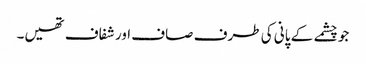
جو چشمے کے پانی کی طرف صاف اور شفاف تھیں۔